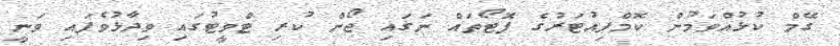
ގޭމް ކުޅުއްވަމުން ކޮމްޕިއުޓަރުގެ ފޮޓޯތައް ނަގައި ޖޯން ކުރި ޓްވީޓުގައި ވިދާޅުވެފައި ވަނީ